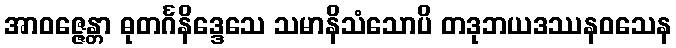
အာဝဇ္ဇေန္တာ ဓုတင်္ဂနိဒ္ဒေသေ သမာနိသံသောပိ တဒုဘယဒဿနဝသေန